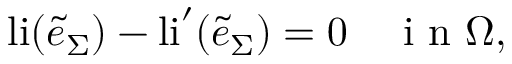
\mathrm { l i } ( \tilde { e } _ { \Sigma } ) - \mathrm { l i } ^ { \prime } ( \tilde { e } _ { \Sigma } ) = 0 \quad \mathrm { ~ i ~ n ~ } \Omega ,